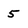
Character: 5